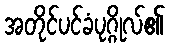
အတိုင်ပင်ခံပုဂ္ဂိုလ်၏